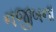
નજીબના